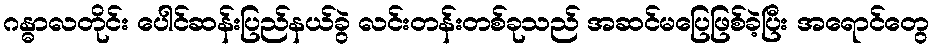
ဂန္ဓာလတိုင်း ပေါင်ဆန်းပြည်နယ်ခွဲ လင်းတန်းတစ်ခုသည် အဆင်မပြေဖြစ်ခဲ့ပြီး အရောင်တွေ